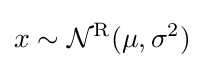
x\sim {\mathcal {N}}^{\textrm {R}}(\mu ,\sigma ^{2})